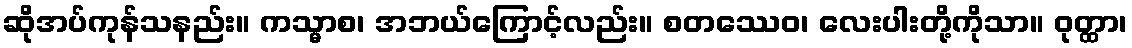
ဆိုအပ်ကုန်သနည်း။ ကသ္မာစ၊ အဘယ်ကြောင့်လည်း။ စတဿေဝ၊ လေးပါးတို့ကိုသာ။ ဝုတ္ထာ၊